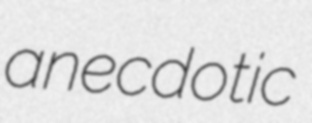
anecdotic